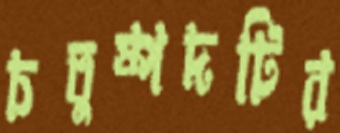
চতুষ্পদটির